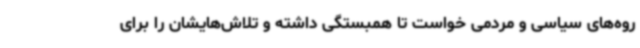
روه‌های سیاسی و مردمی خواست تا همبستگی داشته و تلاش‌هایشان را برای